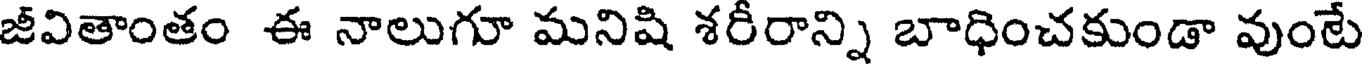
జీవితాంతం ఈ నాలుగూ మనిషి శరీరాన్ని బాధించకుండా వుంటే